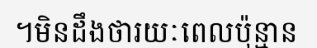
។មិនដឹងថារយៈពេលប៉ុន្មាន